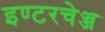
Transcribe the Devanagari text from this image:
इण्टरचेञ्ज